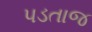
પડતાજ